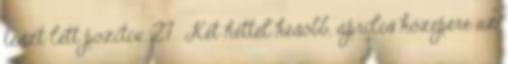
teszt lett pozitív. 27 Két héttel később, április közepére az